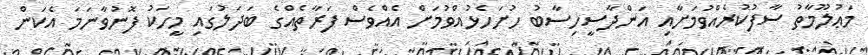
މަޢުލޫމާތު ސާފުކުރެއްވުމަށާއި އަންދާސީހިސާބު ހުށަހެޅުއްވުމަށް އެއްވެސް ފަރާތެއްގެ ބަދަލުގައި މީހަކު ފޮނުވާނަމަ އެކަން